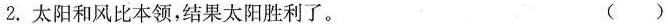
2.太阳和风比本领，结果太阳胜利了。 ()